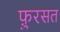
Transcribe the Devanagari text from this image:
फ़ुरसत